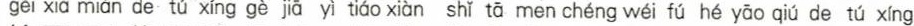
gěī xià miàn de tú xíng gè jā yì tiáo xiàn shǐ tā men chéng wéi fú hé yāo qiú de tú xíng